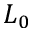
L _ { 0 }